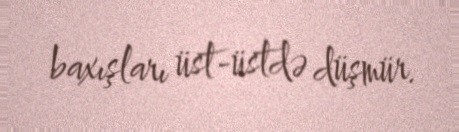
baxışları üst-üstdə düşmür.